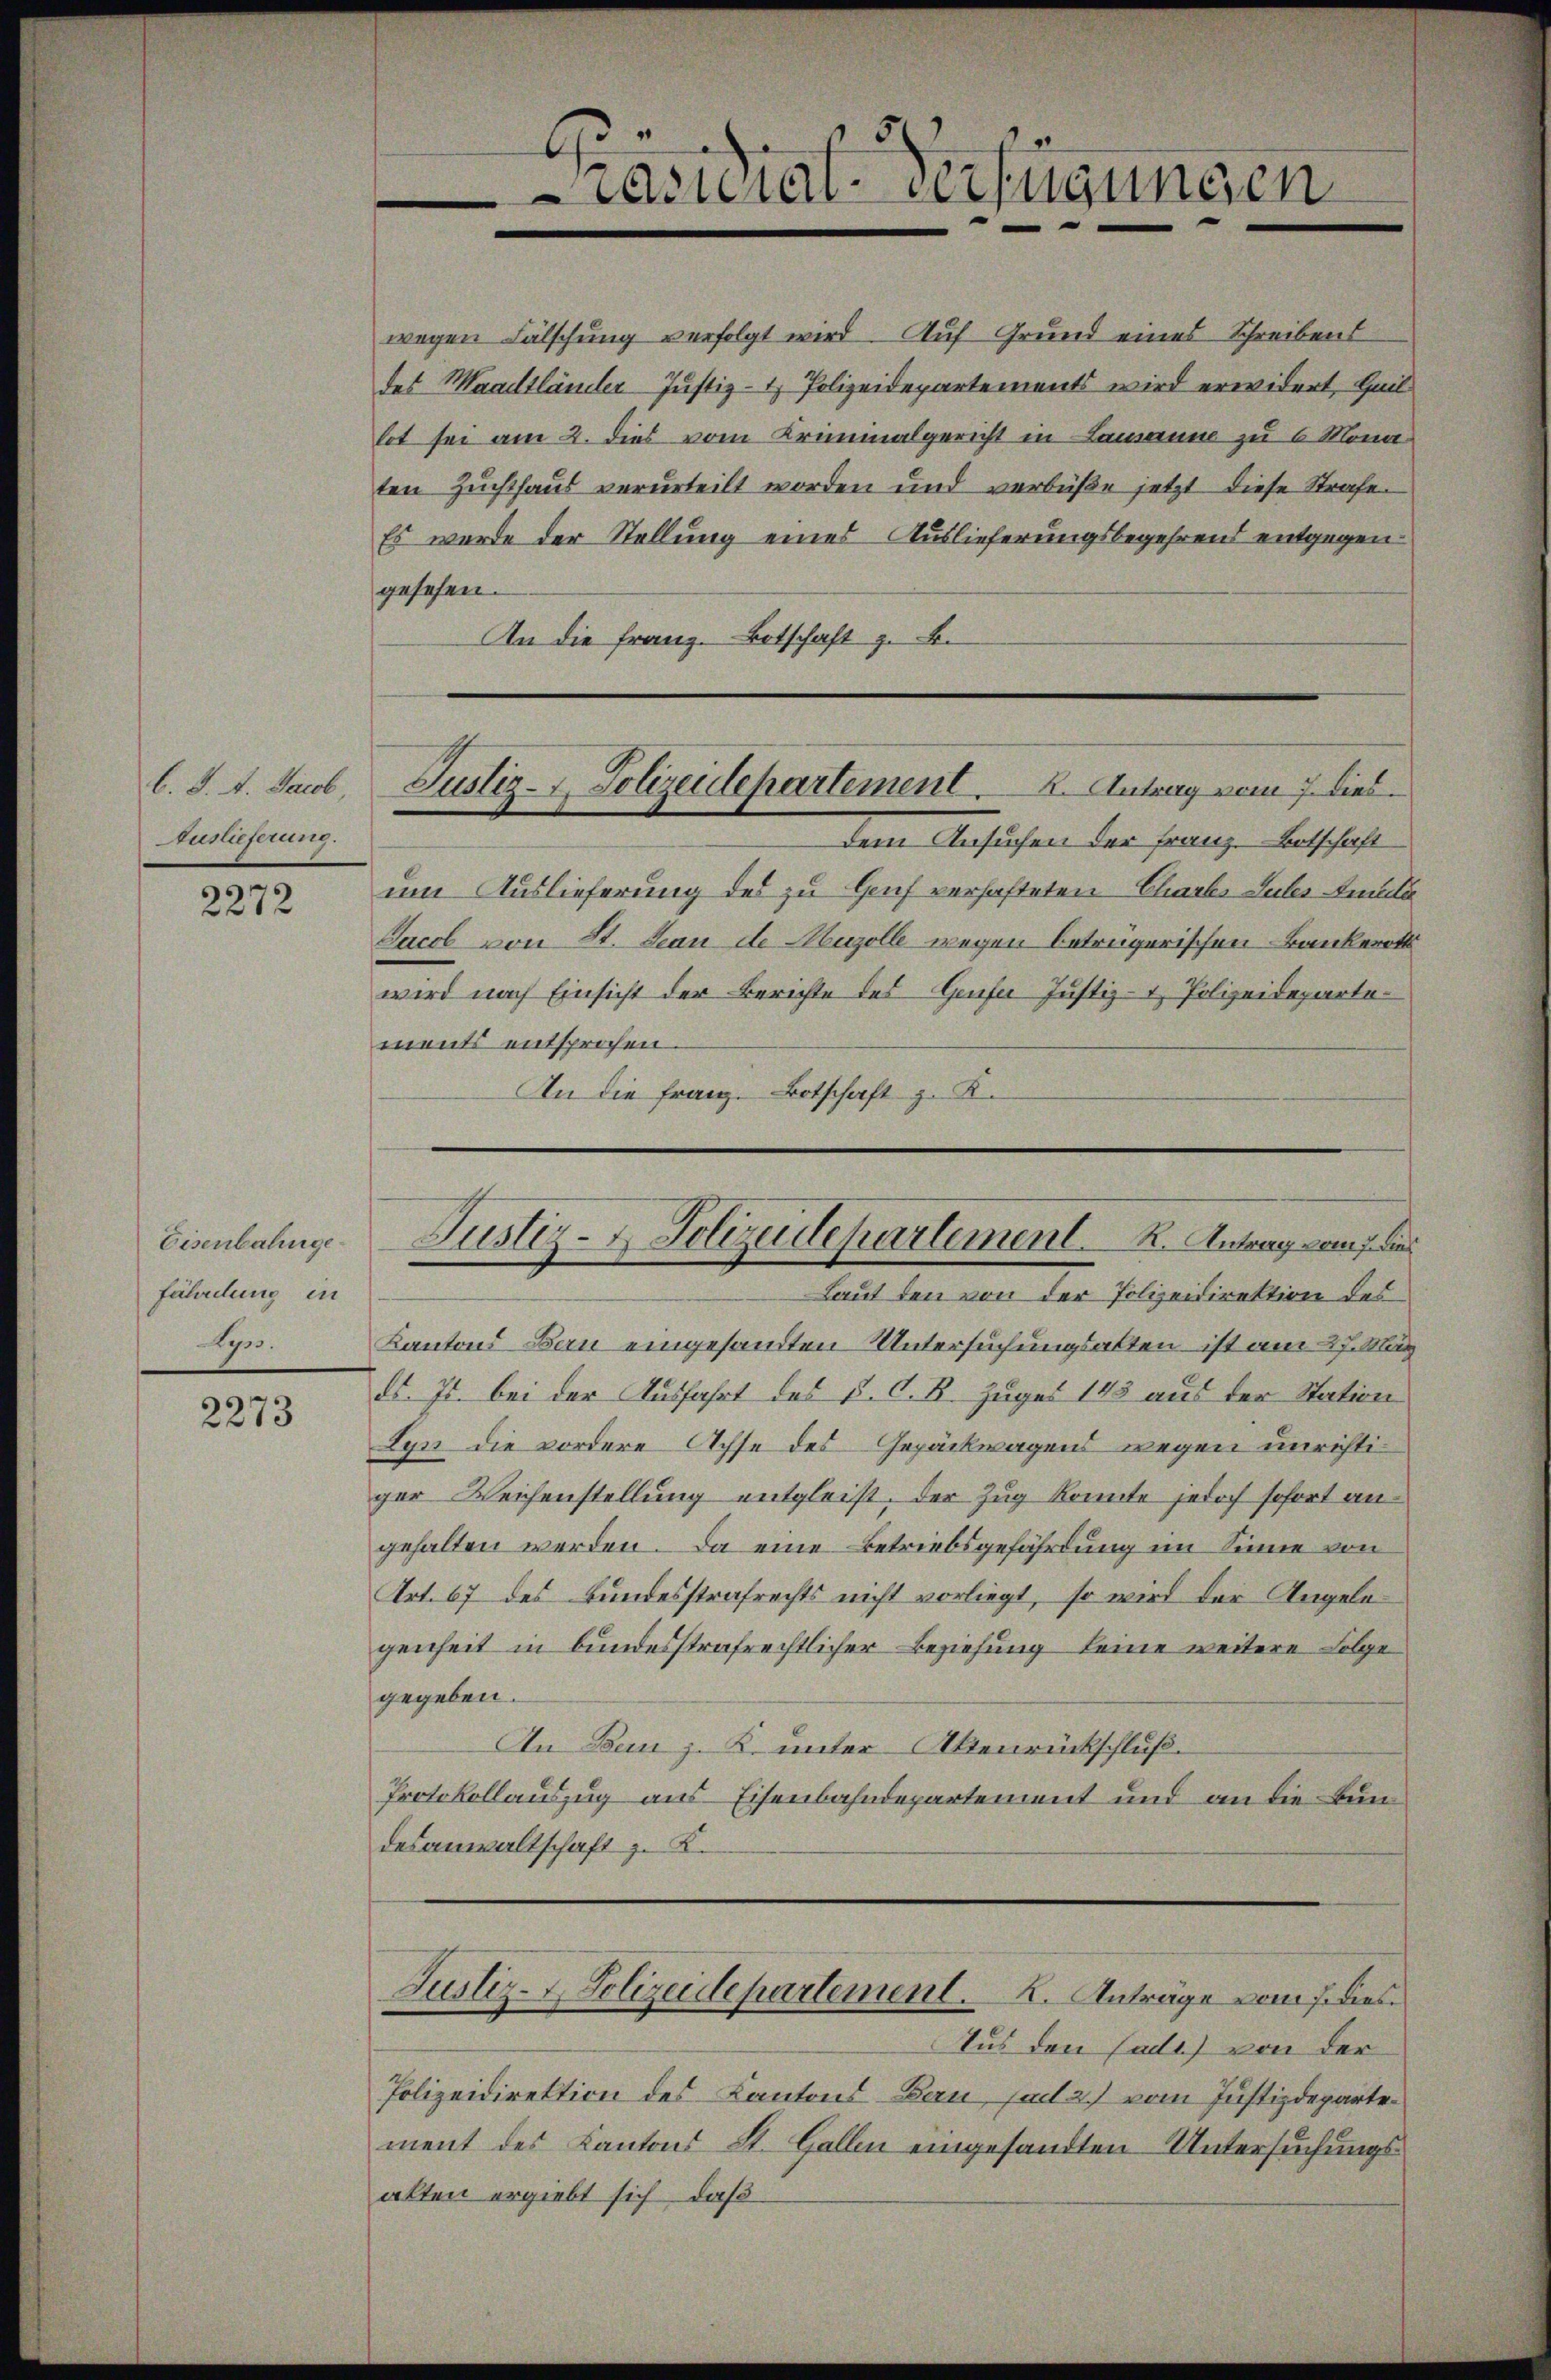
b. J. J. Jacob,
Auslieferung.

2272

Eisenbahngefährdung in
Apr.

2273

wegen Fälschung verfolgt wird. Auf Grund eines Schreibens
des Maadtländer Justiz- & Polizeidepartements wird erwidert, Heil
lot sei am 2. dies vom Krimmalgericht in Lamanne zu 6 Mona
ten Zuchthaus verurteilt worden und verbüβe jetzt diese Strafe.
Es wurde der Stellung eines Auslieferungsbegehrens entgegen
gesehen.
An die Franz. Botschaft z. B.

G
Casicial-Verfügungen

Justiz - Polizeidepartement. 2. Antrag vom 7. dies

dem Ansuchen der Franz-Betschaft
um Auslieferung des zu Genf verhafteten Charts Lutes Amata
Jacob von St. Jean de Muzolle wegen betrügerischen Bankerott
wird nach Einsicht der Berichte des Genfer Justiz- & Polizeidepartements entsprochen.
An die Franz. Botschaft z. K.
Laut den von der Polizeidirektion des
Kantons Bau eingesandten Untersuchungsalten ist am 27. M
d. Js. bei der Ausfahrt des P. C. R. Zuges 183 aus der Station
Syn die vordere Achse des Gepäckwagens wegen unrichtiger Reichenstellung entgleist, der Zug konnte jedoch sofort angehalten werden. Da eine Betriebsgefährdung im Sinne von
Art. 67 des Bundesstrafrechts nicht vorliegt, so wird der Angele
genheit in bundesstrafrechtlicher Beziehung keine weitere Folge
gegeben.
An Bern z. K. unter Aktenrückschluß.
Protokollauszug aus Eisenbahndepartement und an die Bun
desanwaltschaft z. K.

Justiz- & Polizeidepartement. K. Antrag vom 7. die

Justiz-Polizeidepartement. A. Anträge vom 7. dies

Aus den Sadt) von der
Polizeidirektion des Kantons Bern, salt 2) vom Justizdepartement des Kantons St. Gallen eingesandten Untersuchungsalten ergiebt sich, daß